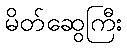
မိတ်ဆွေကြီး